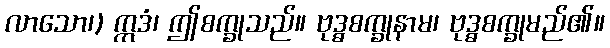
လာသော၊) ဣဒံ၊ ဤစက္ခုသည်။ ဗုဒ္ဓစက္ခုနာမ၊ ဗုဒ္ဓစက္ခုမည်၏။